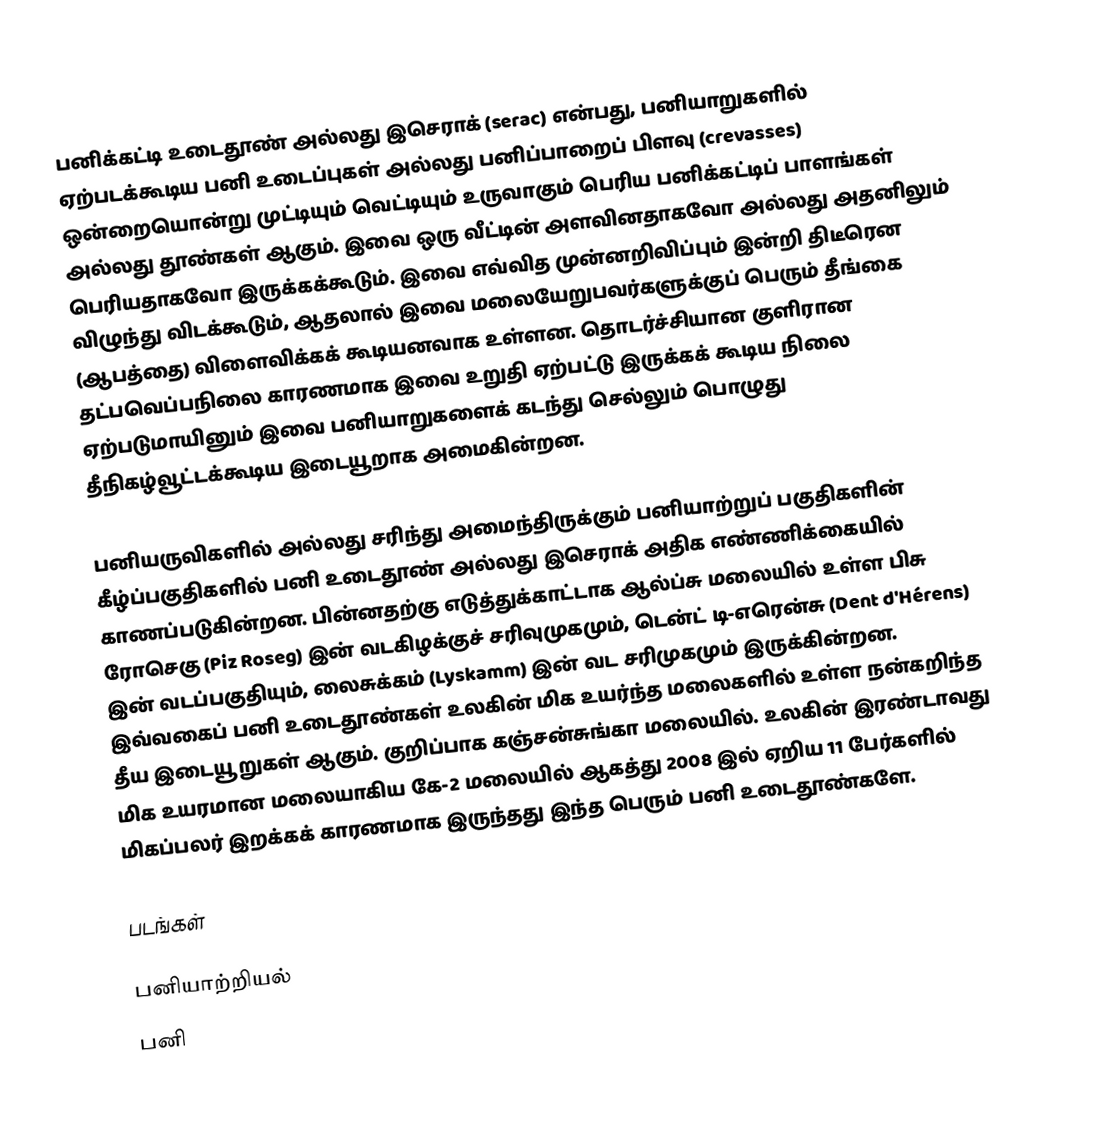
பனிக்கட்டி உடைதூண் அல்லது இசெராக் (serac) என்பது, பனியாறுகளில் ஏற்படக்கூடிய பனி உடைப்புகள் அல்லது பனிப்பாறைப் பிளவு (crevasses) ஒன்றையொன்று முட்டியும் வெட்டியும் உருவாகும் பெரிய பனிக்கட்டிப் பாளங்கள் அல்லது தூண்கள் ஆகும். இவை ஒரு வீட்டின் அளவினதாகவோ அல்லது அதனிலும் பெரியதாகவோ இருக்கக்கூடும். இவை எவ்வித முன்னறிவிப்பும் இன்றி திடீரென விழுந்து விடக்கூடும், ஆதலால் இவை மலையேறுபவர்களுக்குப் பெரும் தீங்கை (ஆபத்தை) விளைவிக்கக் கூடியனவாக உள்ளன. தொடர்ச்சியான குளிரான தட்பவெப்பநிலை காரணமாக இவை உறுதி ஏற்பட்டு இருக்கக் கூடிய நிலை ஏற்படுமாயினும் இவை பனியாறுகளைக் கடந்து செல்லும் பொழுது தீநிகழ்வூட்டக்கூடிய இடையூறாக அமைகின்றன.

பனியருவிகளில் அல்லது சரிந்து அமைந்திருக்கும் பனியாற்றுப் பகுதிகளின் கீழ்ப்பகுதிகளில் பனி உடைதூண் அல்லது இசெராக் அதிக எண்ணிக்கையில் காணப்படுகின்றன. பின்னதற்கு எடுத்துக்காட்டாக ஆல்ப்சு மலையில் உள்ள பிசு ரோசெகு (Piz Roseg) இன் வடகிழக்குச் சரிவுமுகமும், டென்ட் டி-எரென்சு (Dent d'Hérens) இன் வடப்பகுதியும், லைசுக்கம் (Lyskamm) இன் வட சரிமுகமும் இருக்கின்றன. இவ்வகைப் பனி உடைதூண்கள் உலகின் மிக உயர்ந்த மலைகளில் உள்ள நன்கறிந்த தீய இடையூறுகள் ஆகும். குறிப்பாக கஞ்சன்சுங்கா மலையில். உலகின் இரண்டாவது மிக உயரமான மலையாகிய கே-2 மலையில் ஆகத்து 2008 இல் ஏறிய 11 பேர்களில் மிகப்பலர் இறக்கக் காரணமாக இருந்தது இந்த பெரும் பனி உடைதூண்களே.

படங்கள்

பனியாற்றியல்
பனி